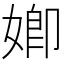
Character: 𡟧